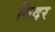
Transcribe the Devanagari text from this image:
गिदर